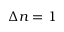
\Delta n = 1